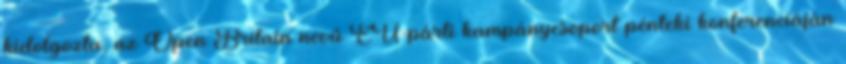
kidolgozta, az Open Britain nevű EU-párti kampánycsoport pénteki konferenciáján